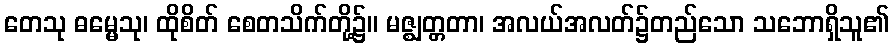
တေသု ဓမ္မေသု၊ ထိုစိတ် စေတသိက်တို့၌။ မဇ္ဈတ္တတာ၊ အလယ်အလတ်၌တည်သော သဘောရှိသူ၏